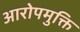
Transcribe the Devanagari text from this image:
आरोपमुक्ति